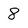
Character: 8